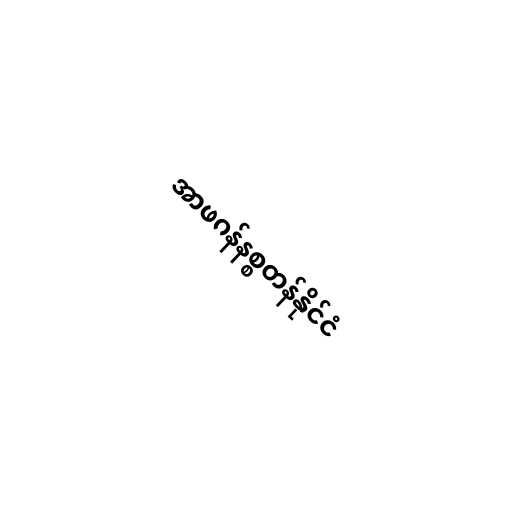
အာဖဂန်နစ္စတန်နိုင်ငံ